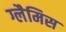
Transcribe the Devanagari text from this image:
ग्लैमिस